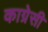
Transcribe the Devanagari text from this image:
काग्रेसी